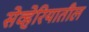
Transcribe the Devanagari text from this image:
सेव्हेरियातील